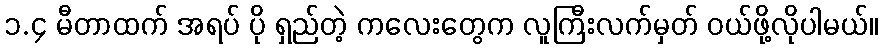
၁.၄ မီတာထက် အရပ် ပို ရှည်တဲ့ ကလေးတွေက လူကြီးလက်မှတ် ဝယ်ဖို့လိုပါမယ်။